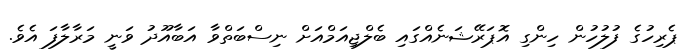
ޕެރިހުގެ ފުލުހުން ހިންގި އޮޕަރޭޝަނެއްގައި ބެލްޖިއަމްއަށް ނިސްބަތްވާ އަބާއޫދު ވަނީ މަރާލާފަ އެވެ.